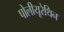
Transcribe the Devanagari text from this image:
पोलीयूरेथिन